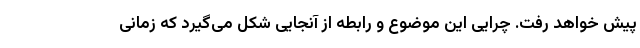
پیش خواهد رفت. چرایی این موضوع و رابطه از آنجایی شکل می‌گیرد که زمانی